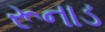
રૂનાડ